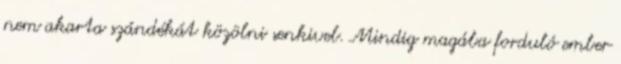
nem akarta szándékát közölni senkivel. Mindig magába forduló ember